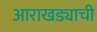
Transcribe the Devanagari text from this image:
आराखड्याची